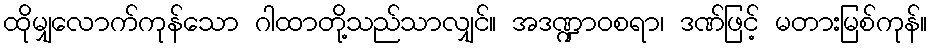
ထိုမျှလောက်ကုန်သော ဂါထာတို့သည်သာလျှင်။ အဒဏ္ဍာဝစရာ၊ ဒဏ်ဖြင့် မတားမြစ်ကုန်။